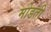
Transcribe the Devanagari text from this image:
मोडती